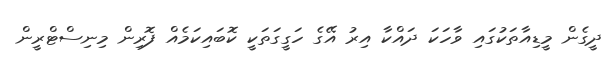
ދީގެން މީޑިއާތަކުގައި ވާހަކަ ދައްކާ އިރު އޭގެ ހަގީގަތަކީ ކޮބައިކަމެއް ފޮރިން މިނިސްޓްރީން